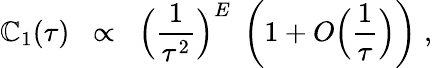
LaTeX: \mathbb{C}_{1}(\tau)\; \; \propto\; \; \Big(\frac{{1}}{{\tau^{2}}}\Big)^{E}\; \left(1+O\Big(\frac{{1}}{{\tau}}\Big)\right)\; ,